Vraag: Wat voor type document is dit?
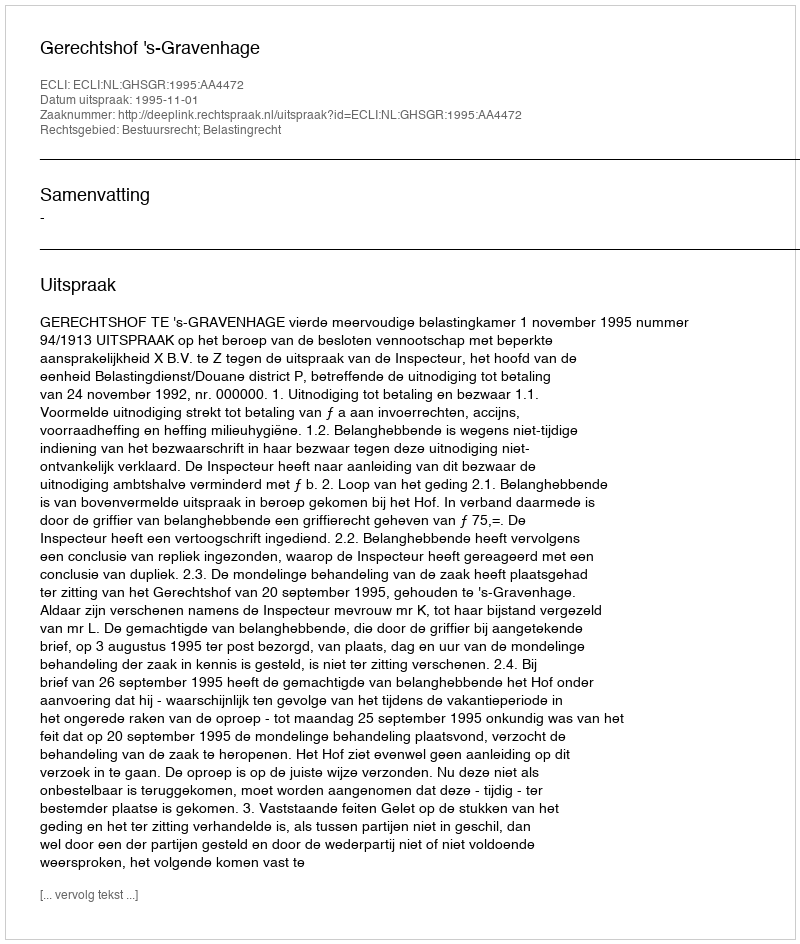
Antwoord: Uitspraak